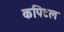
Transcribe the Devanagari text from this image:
कपिटल